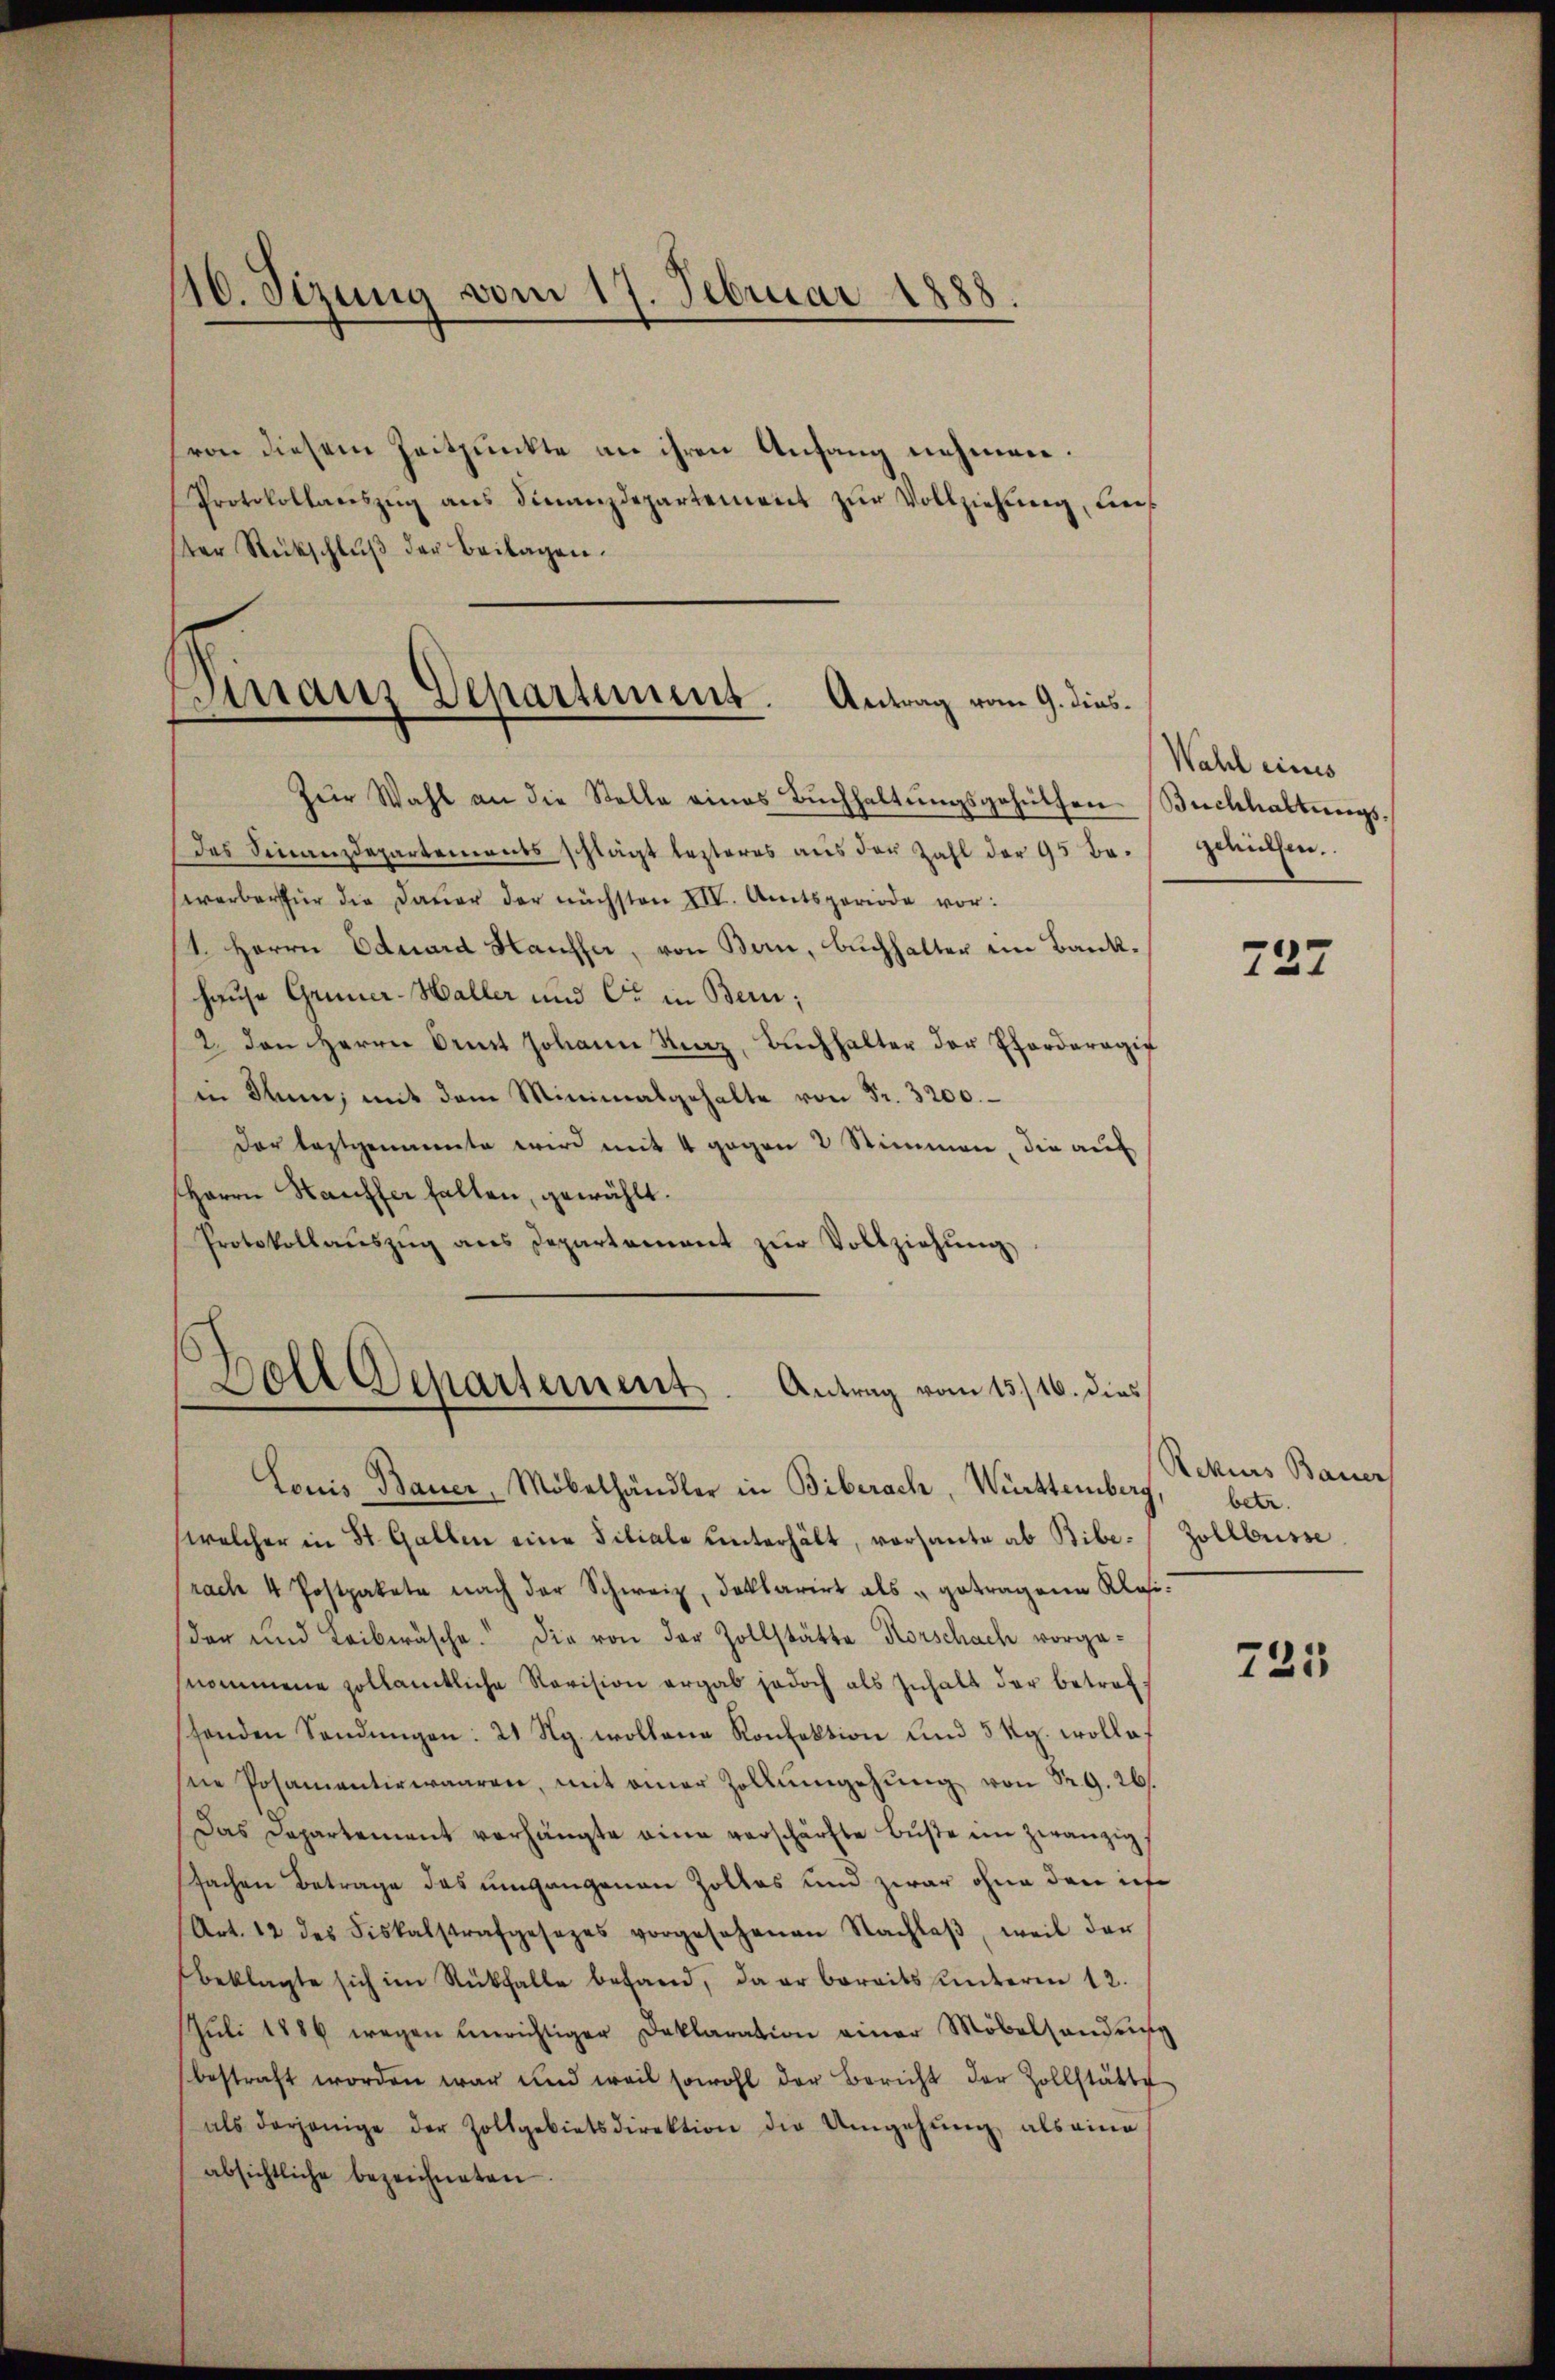
116. Sizung vom 17. Februar 1888.

(von diesem Zeitpunkte an ihren Anfang nehmen.
Protokollanszŭg ans Finanzdepartement zŭr Vollziehung, diester Rückschlŭβ der Beilagen.

Finanz Departement. Antrag vom 9. dies¬

Zŭr Wahl an die Stelle eines Bŭchhaltŭngsgehüthen Buchhaltŭngs-
das Finanzdepartements schlägt lezteres aus der Zahl der 95 bewerber für die Daŭer der nächsten XIV. Amtsperiode vor:
1. Herrn Eduard Hauffer, von Bern, Buchhalter im Bankhause Grüner-Haller und Er in Bern;
12. den Herrn Ort Johann Straz, Bŭchhalter der Pferderogif
in Rum, mit dem Minimalgehalte von Fr. 3200.
Der leztgenannte wird mit 4 gegen 2 Stimmen, die auf
Herrn Hauffer halten, gewählt.
Protokollaŭszŭg ans Departement zŭr Vollziehung,

Bell Separtement. Antrag vom 15./16. dies

Wahl eines
schülfen.

Louis Bauer, Möbelhändler in Biberach, Württember
welcher in St. Gallen eine Filiale unterhält, vorhante ab Bibe-Zollbusse
rach 4 Postpakete nach der Schweiz, deklarirt als getragene Klasider und Leibwäsche. Die von der Zollstätte Korschach vorge-
nommene zollamtliche Revision ergab jedoch als Inhalt der betref
shenden Sendungen: 21 Rg. wollene Konfektion und 5 Rg. wolle.
sie Posamenterwaaren, mit einer Zollumgehŭng von Sr. G. 26.
Das Departement verhängte eine verschärfte Büste ein zwanzigfachen Betrage das umgangenen Zollos und zwar ohne den ich
(Art. 12 des Fiskalstrafgesezes vorgesehenen Nachlaβ, weil der
beklagte sich im Rückfalle befand, da er bereits ŭnterm 12.
Juli 1886 wegen unrichtiger Deklaration einer Möbelhandeng
bestraft worden war und weil sowohl der Bericht der Zollstätte
als derjenige der Zollgebietsdirektion die Umgehŭng als eine
absichtliche bezeichneten

737

Rekurs Bauer
betr.

735